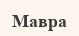
Мавра